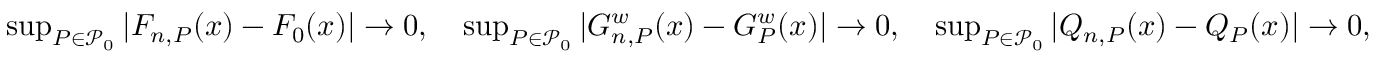
\begin{array} { r } { \operatorname* { s u p } _ { P \in \mathcal { P } _ { 0 } } | F _ { n , P } ( x ) - F _ { 0 } ( x ) | \rightarrow 0 , \quad \operatorname* { s u p } _ { P \in \mathcal { P } _ { 0 } } | G _ { n , P } ^ { w } ( x ) - G _ { P } ^ { w } ( x ) | \rightarrow 0 , \quad \operatorname* { s u p } _ { P \in \mathcal { P } _ { 0 } } | Q _ { n , P } ( x ) - Q _ { P } ( x ) | \rightarrow 0 , } \end{array}